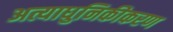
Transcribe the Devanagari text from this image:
अत्याधुनिकीकरण